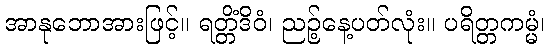
အာနုဘောအားဖြင့်။ ရတ္တိံဒိဝံ၊ ညဉ့်နေ့ပတ်လုံး။ ပရိတ္တကမ္မံ၊